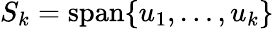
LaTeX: S_{k}=\operatorname{span}\{ u_{1},\ldots,u_{k}\}